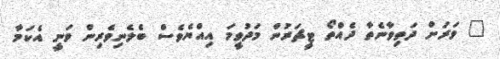
" ވަރަށް ދަތިވާނެތާ ދެއްތޯ ޓީޗަރުން މަދުވީމަ އިއްޔެވެސް ބެލެނިވެރިން ވަނީ އެކަމާ